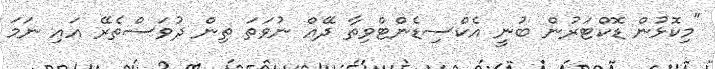
"މިކޮޅުން ޑޮކްޓަރުން ބުނީ އެކްސިޑެންޓްވިތާ ދޭއް ނުވަތަ ތިން ދުވަސްތެރޭ އައި ނަމަ